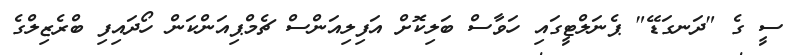
ސީ ގެ "ދަނގަޑޭ" ޕެނަލްޓީގައި ހަވާސް ބަލިކޮށް އަފިލިއަންސް ޗެމްޕިއަންކަން ހޯދައިފި ބްރެޒިލްގެ